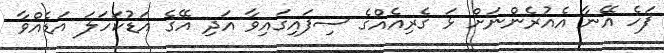
ފަހެ އޭނާ އެއުރެންނަށް ޅަ ގެރިއެއްގެ ސިފައިގައިވާ އަދި އޭގެ އަޑުކަހަލަ އަޑެއްވާ